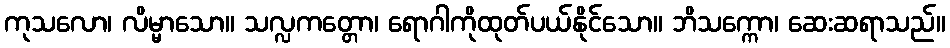
ကုသလော၊ လိမ္မာသော။ သလ္လကတ္တော၊ ရောဂါကိုထုတ်ပယ်နိုင်သော။ ဘိသက္ကော၊ ဆေးဆရာသည်။